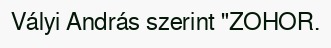
Vályi András szerint "ZOHOR.